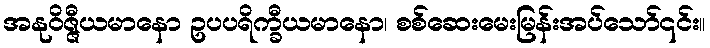
အနုဝိဇ္ဇီယမာနော ဥပပရိက္ခီယမာနော၊ စစ်ဆေးမေးမြန်းအပ်သော်၎င်း။